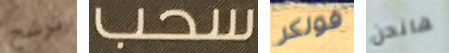
ترشح سحب فولكر هانحن